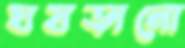
ঘষড়ানো